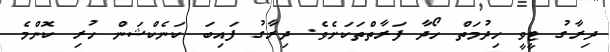
ދިރާގު ޓީވީ ހިދުމަތް ހޯދާ ފަރާތްތަކަށެވެ. ދިރާގު ފައިބަ ކަނެކްޝަން ހުރި ކޮންމެ